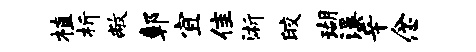
植析敝鄣宜隹浙皎瑚溪辛念